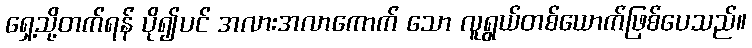
ရှေ့သို့တက်ရန် ပို၍ပင် အလားအလာကောက် သော လူရွယ်တစ်ယောက်ဖြစ်ပေသည်။